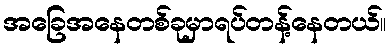
အခြေအနေတစ်ခုမှာရပ်တန့်နေတယ်။